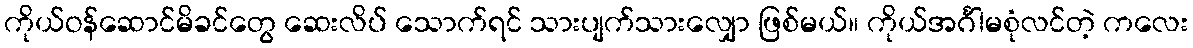
ကိုယ်ဝန်ဆောင်မိခင်တွေ ဆေးလိပ် သောက်ရင် သားပျက်သားလျှော ဖြစ်မယ်။ ကိုယ်အင်္ဂါမစုံလင်တဲ့ ကလေး